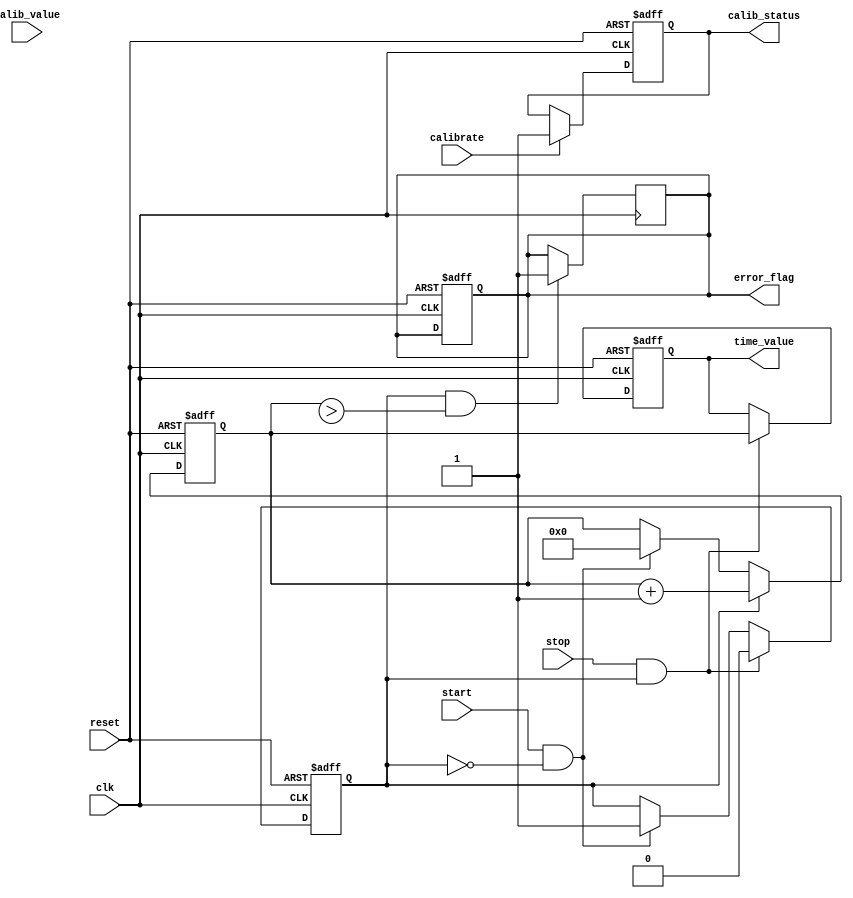
module TDC (
    input wire clk,                // Reference clock
    input wire reset,              // Reset signal
    input wire start,              // Start event signal
    input wire stop,               // Stop event signal
    input wire calibrate,          // Calibration trigger signal
    input wire [31:0] calib_value, // Calibration coefficient input
    output reg [31:0] time_value,  // Measured time in clock cycles
    output reg calib_status,        // Calibration status flag
    output reg error_flag           // Error flag for measurement errors
);

    reg [31:0] counter;             // Counter for time measurement
    reg measuring;                  // Flag to indicate measuring state
    reg [31:0] calibration_coeff;   // Calibration coefficient
    reg [31:0] corrected_time;      // Corrected time value after calibration

    // State initialization
    initial begin
        counter = 0;
        time_value = 0;
        measuring = 0;
        calib_status = 0;
        error_flag = 0;
        calibration_coeff = 0;
    end

    // Time measurement process
    always @(posedge clk or posedge reset) begin
        if (reset) begin
            counter <= 0;
            time_value <= 0;
            measuring <= 0;
            calib_status <= 0;
            error_flag <= 0;
        end else begin
            // Calibration process
            if (calibrate) begin
                calibration_coeff <= calib_value;
                calib_status <= 1; // Indicate calibration complete
            end

            // Start measuring
            if (start && !measuring) begin
                measuring <= 1;
                counter <= 0; // Reset counter on start
            end

            // Stop measuring
            if (stop && measuring) begin
                measuring <= 0;
                time_value <= counter; // Capture measured time
                // Apply calibration if necessary
                corrected_time = time_value * calibration_coeff;
            end

            // Counting logic while measuring
            if (measuring) begin
                counter <= counter + 1; // Increment counter on every clock
            end
        end
    end

    // Error handling (Add conditions as required)
    always @(posedge clk) begin
        if (measuring && (counter > MAX_TIME_VALUE)) begin // Replace MAX_TIME_VALUE with an appropriate value
            error_flag <= 1; // Set error flag if measurement exceeds limits
        end
    end

endmodule